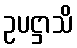
ဥပဋ္ဌာသိ